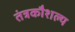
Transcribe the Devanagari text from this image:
तंत्रकौशल्य